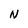
Character: n